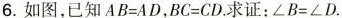
6.如图，已知$$AB=AD$$，$$BC=CD$$.求证：\angle B=\angle D.